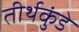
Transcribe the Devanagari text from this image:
तीर्थकुंडे